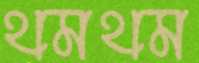
থমথম